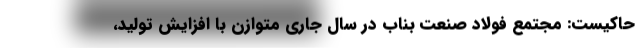
حاکیست: مجتمع فولاد صنعت بناب در سال جاری متوازن با افزایش تولید،